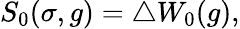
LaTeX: S_{0}(\sigma,g)=\triangle W_{0}(g),